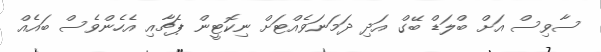
ސާވިސް އަށް ބްލަޑް ބޭގް އަދި ދަމަނަވެއްޓަށް ނިކޮޓީން ޕެޗާއި އެހެންވެސް ބައެއް